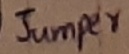
Text: JUMPER